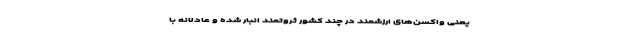
یعنی واکسن‌های ارزشمند در چند کشور ثروتمند انبار شده و عادلانه با